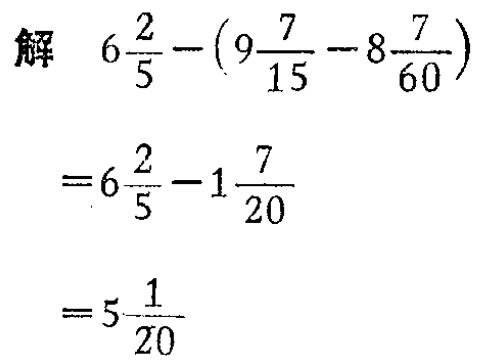
\[

\begin{align*}

&解\quad6\frac{2}{5}-\left(9\frac{7}{15}-8\frac{7}{60}\right)\\

&=6\frac{2}{5}-1\frac{7}{20}\\

&=5\frac{1}{20}

\end{align*}

\]